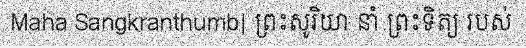
Maha Sangkranthumb| ព្រះសូរិយា នាំ ព្រះទិត្យ របស់